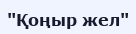
"Қоңыр жел"